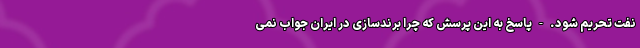
نفت تحریم شود. - پاسخ به این پرسش که چرا برندسازی در ایران جواب نمی